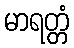
မာရတ္တံ